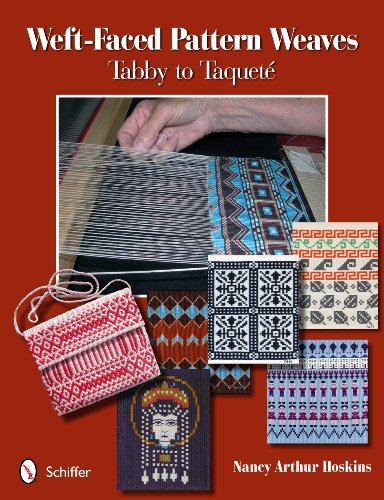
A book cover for Weft-faced Pattern Weaves: Tabby to Taquete; Nancy Arthur Hoskins; Crafts, Hobbies & Home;